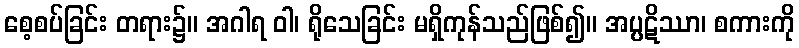
စေ့စပ်ခြင်း တရား၌။ အဂါရ ဝါ၊ ရိုသေခြင်း မရှိကုန်သည်ဖြစ်၍။ အပ္ပဋိဿာ၊ စကားကို